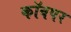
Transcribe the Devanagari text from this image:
कॉवपर